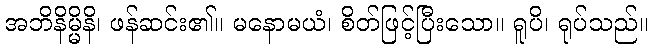
အဘိနိမ္မိနိ၊ ဖန်ဆင်း၏။ မနောမယံ၊ စိတ်ဖြင့်ပြီးသော။ ရူပိ၊ ရုပ်သည်။